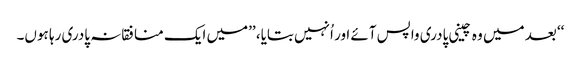
‘‘ بعد میں وہ چینی پادری واپس آئے اور اُنہیں بتایا، ’’میں ایک منافقانہ پادری رہا ہوں۔